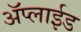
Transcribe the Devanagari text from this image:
ॲप्लाईड